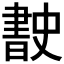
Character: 𭨡